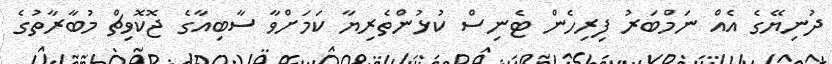
ދުނިޔޭގެ އެއް ނަމްބަރު ފިރިހެން ޓެނިސް ކުޅުންތެރިޔާ ކަމަށްވާ ސާބިއާގެ ޖޮކޮވިޗް މުބާރާތުގެ